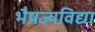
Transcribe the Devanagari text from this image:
भैषज्यविद्या